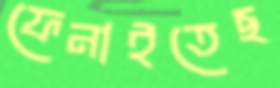
ফেনাইতেছ